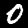
Digit: 0